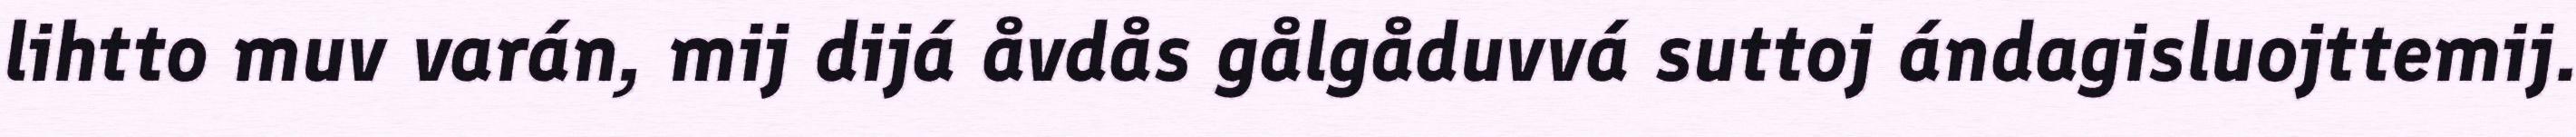
lihtto muv varán, mij dijá åvdås gålgåduvvá suttoj ándagisluojttemij.